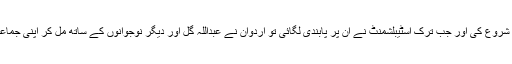
اردوان نے اپنی سیاسی اربکان کی پارٹی سے شروع کی اور جب ترک اسٹیبلشمنٹ نے ان پر پابندی لگائی تو اردوان نے عبداللہ گل اور دیگر نوجوانوں کے ساتھ مل کر اپنی جماعت جسٹس اینڈ ڈویلپمنٹ پارٹی(Ak)بنائی تھی۔